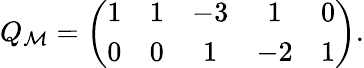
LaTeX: Q_{\cal M}=\left(\begin{array}{ccccc}{{1}}&{{1}}&{{-3}}&{{1}}&{{0}}\\ {{0}}&{{0}}&{{1}}&{{-2}}&{{1}}\end{array}\right).